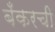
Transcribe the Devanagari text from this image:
बँकरची